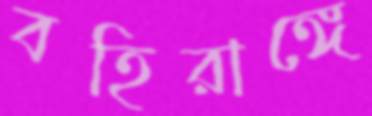
বহিরাঙ্গে